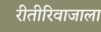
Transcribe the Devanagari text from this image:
रीतीरिवाजाला